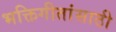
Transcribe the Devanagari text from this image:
भक्तिगीतांसाठी